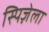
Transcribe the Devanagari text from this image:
स्पिज़ेला